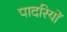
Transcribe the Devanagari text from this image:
पादरियों